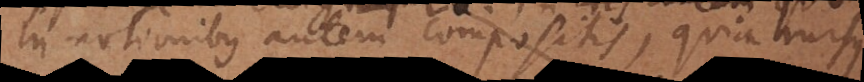
In notionibus autem compositis, quia rursus